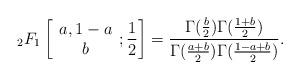
LaTeX: \begin{align*}&{_{2}F_{1}}\left[\begin{array}{cccccccc} a,1-a\\ b\end{array};\frac{1}{2}\right]=\frac{\Gamma(\frac{b}{2})\Gamma(\frac{1+b}{2})}{\Gamma(\frac{a+b}{2})\Gamma(\frac{1-a+b}{2})}. \end{align*}